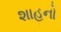
શાહનો